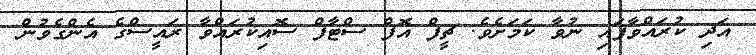
އަދި ކުރައްވާފައި ނުވާ ކަމަށެވެ. ޗީފް އޮފް ސްޓާފް ސޮއިކުރައްވާ ރައީސްގެ އެންގެވުން